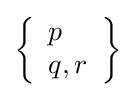
\left\{{\begin{array}{l}p\\q,r\end{array}}\right\}